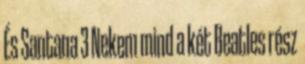
És Santana 3 Nekem mind a két Beatles rész